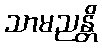
သာမညန္တိ